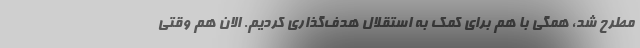
مطرح شد، همگی با هم برای کمک به استقلال هدف‌گذاری کردیم. الان هم وقتی